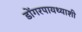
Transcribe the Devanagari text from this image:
डोंगरपायथ्याशी